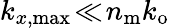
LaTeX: k_{x,\mathrm{max}}\! \ll\! n_{\mathrm{m}}k_{\mathrm{o}}